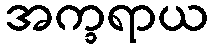
အက္ခရာယ